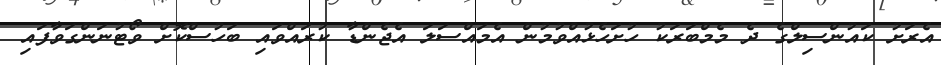
އެރަށު ކައުންސިލްގެ ދެ މެމްބަރަކު ހުށަހެޅުއްވުމުން އެމައްސަލަ އެޖެންޑާ ކުރައްވައި ބަހުސްކޮށް ވޯޓުނަންގަވާފައި